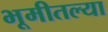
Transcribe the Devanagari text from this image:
भूमीतल्या